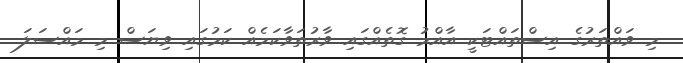
މި ވައްތަރުގެ އިސްތައްޓަކީ އާއްމު ގޮތެއްގައި ވާރުތަވާކަމެއް ކަމުގައި ވިޔަސް މި މައްސަލަ